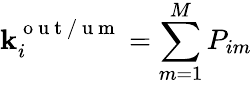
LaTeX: \mathbf{k}_{i}^{\mathrm{{~o~u~t~/~u~m~}}}=\sum_{m=1}^{M}P_{im}